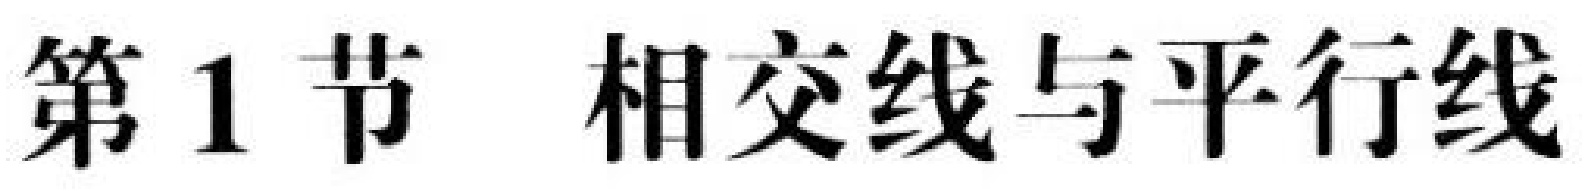
第1节 相交线与平行线